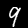
Digit: 9